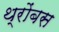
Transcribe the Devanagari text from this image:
थ्रोंबस